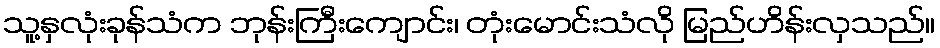
သူ့နှလုံးခုန်သံက ဘုန်းကြီးကျောင်း၊ တုံးမောင်းသံလို မြည်ဟိန်းလှသည်။